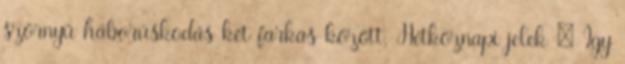
szörnyű háborúskodás két farkas között. Hétköznapi jelek – Így